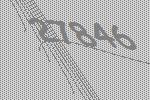
27846